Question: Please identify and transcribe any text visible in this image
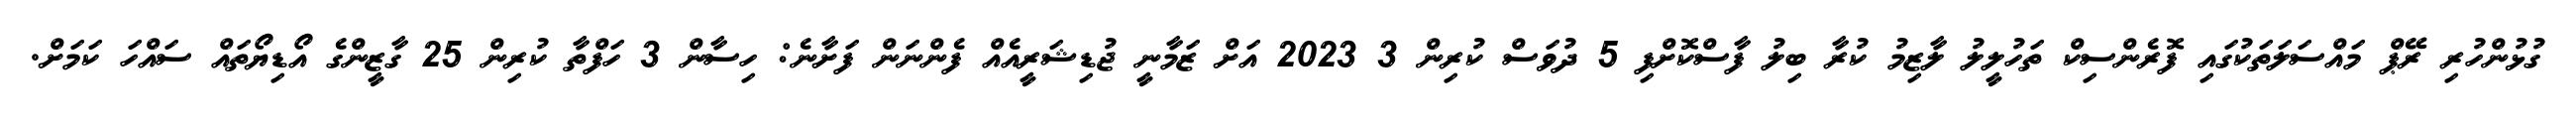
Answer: ގުޅުންހުރި ރޭޕް މައްސަލަތަކުގައި ފޮރެންސިކް ތަހުލީލު ލާޒިމު ކުރާ ބިލު ފާސްކޮށްފި 5 ދުވަސް ކުރިން 3 2023 އަށް ޒަމާނީ ޖުޑިޝަރީއެއް ފެންނަން ފަށާނެ: ހިސާން 3 ހަފްތާ ކުރިން 25 ގާޒީންގެ އޯޑިޔޯތައް ސައްހަ ކަމަށް.